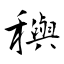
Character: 穥